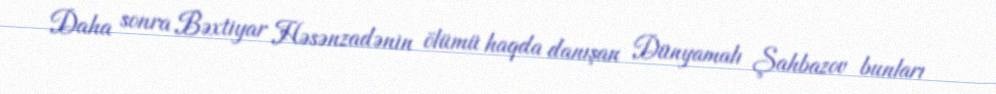
Daha sonra Bəxtiyar Həsənzadənin ölümü haqda danışan Dünyamalı Şahbazov bunları